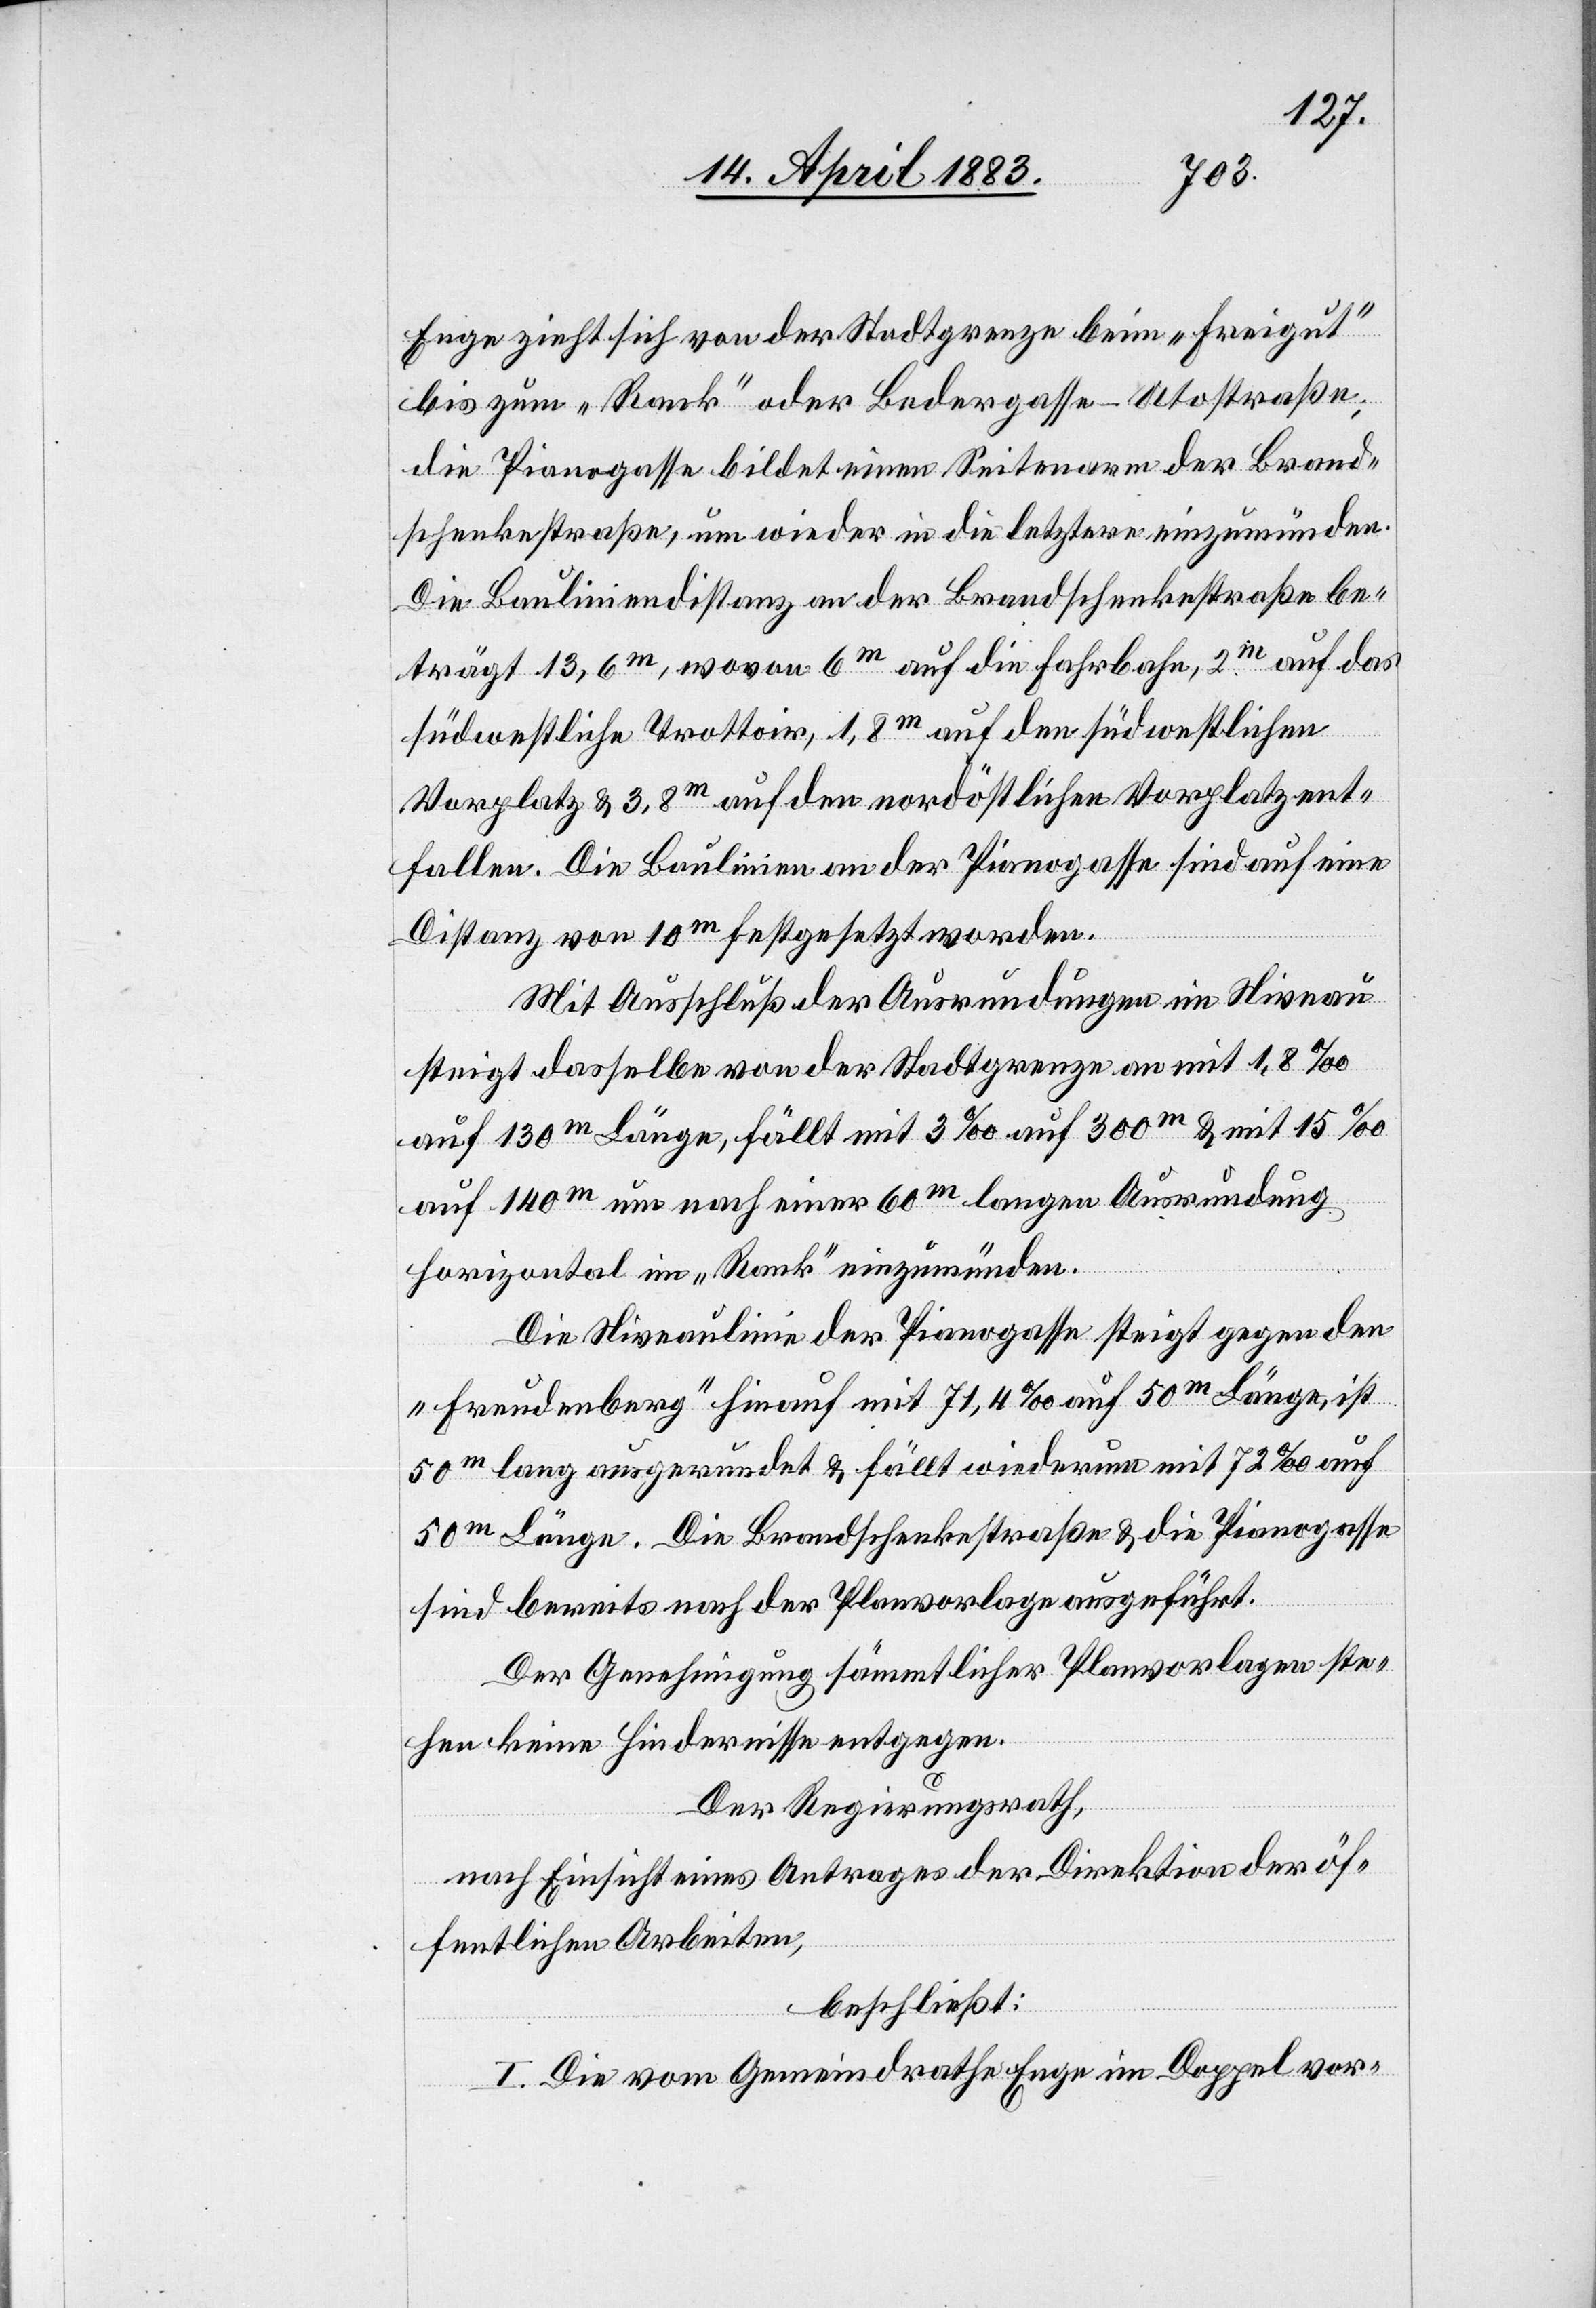
Enge zieht sich von der Stadtgrenze beim „Freigut“
bis zum „Rank“ oder Bedergasse–Utostraße;
die Pianogasse bildet einen Seitenarm der Brand¬
schenkestraße, um wieder in die letztere einzumünden.
Die Bauliniendistanz an der Brandschenkestraße be¬
trägt 13,6m, wovon 6m auf die Fahrbahn, 2m auf das
südwestliche Trottoir, 1,8m auf den südwestlichen
Vorplatz & 3,8m auf den nordöstlichen Vorplatz ent¬
fallen. Die Baulinien an der Pianogase sind auf eine
Distanz von 10m festgesetzt worden.
Mit Ausschluß der Ausrundungen im Niveau
steigt dasselbe von der Stadtgrenze an mit 1,8‰
auf 130m Länge, fällt mit 3‰ auf 300m & mit 15‰
auf 140m um nach einer 60m langen Ausrundung
horizontal im „Rank“ einzumünden.
Die Niveaulinie der Pianogasse steigt gegen den
„Freudenberg“ hinauf mit 71,4‰ auf 50m Länge, ist
50m lang ausgerundet & fällt wiederum mit 72‰ auf
50m Länge. Die Brandschenkestraße & die Pianogasse
sind bereits nach der Planvorlage ausgeführt.
Der Genehmigung sämmtlicher Planvorlagen ste¬
hen keine Hindernisse entgegen.
Der Regierungsrath,
nach Einsicht eines Antrages der Direktion der öf¬
fentlichen Arbeiten,
beschließt:
I. Die vom Gemeindrathe Enge im Doppel vor-